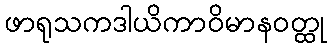
ဖာရုသကဒါယိကာဝိမာနဝတ္ထု